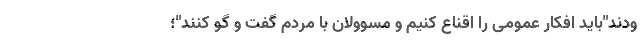
ودند"باید افکار عمومی را اقناع کنیم و مسوولان با مردم گفت و گو کنند"؛